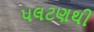
પલટણથી